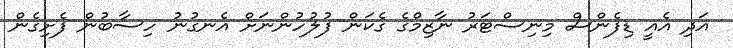
އަދި އެއީ ޑިފެންސް މިނިސްޓަރު ނާޒިމްގެ ގެކަން ފުލުހުންނަށް އެނގުނު ހިސާބުން ފެށިގެން